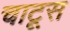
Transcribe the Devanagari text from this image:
चाटूस